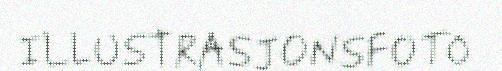
ILLUSTRASJONSFOTO